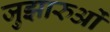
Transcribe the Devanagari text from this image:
जुझारुओं